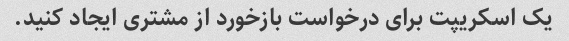
یک اسکریپت برای درخواست بازخورد از مشتری ایجاد کنید.